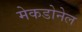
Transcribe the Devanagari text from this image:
मेकडोनेल